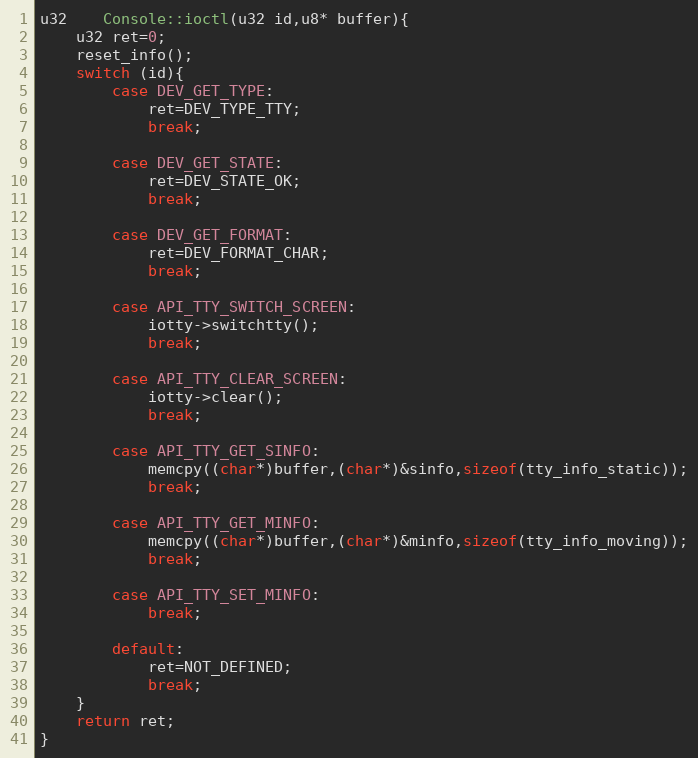
Language: C++
u32	Console::ioctl(u32 id,u8* buffer){
	u32 ret=0;
	reset_info();
	switch (id){
		case DEV_GET_TYPE:
			ret=DEV_TYPE_TTY;
			break;

		case DEV_GET_STATE:
			ret=DEV_STATE_OK;
			break;

		case DEV_GET_FORMAT:
			ret=DEV_FORMAT_CHAR;
			break;

		case API_TTY_SWITCH_SCREEN:
			iotty->switchtty();
			break;

		case API_TTY_CLEAR_SCREEN:
			iotty->clear();
			break;

		case API_TTY_GET_SINFO:
			memcpy((char*)buffer,(char*)&sinfo,sizeof(tty_info_static));
			break;

		case API_TTY_GET_MINFO:
			memcpy((char*)buffer,(char*)&minfo,sizeof(tty_info_moving));
			break;

		case API_TTY_SET_MINFO:
			break;

		default:
			ret=NOT_DEFINED;
			break;
	}
	return ret;
}